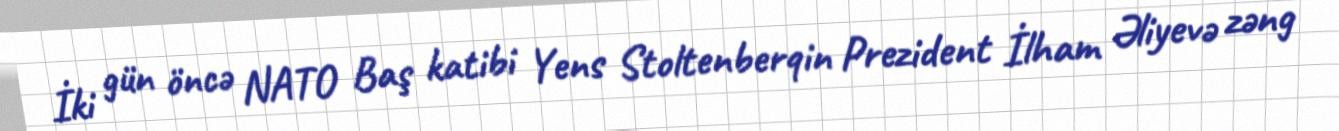
İki gün öncə NATO Baş katibi Yens Stoltenberqin Prezident İlham Əliyevə zəng